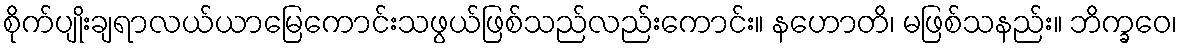
စိုက်ပျိုးချရာလယ်ယာမြေကောင်းသဖွယ်ဖြစ်သည်လည်းကောင်း။ နဟောတိ၊ မဖြစ်သနည်း။ ဘိက္ခဝေ၊